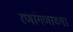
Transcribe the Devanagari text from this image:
रणांगणाच्या